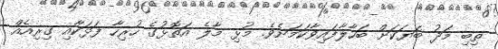
ތިބި މަދު ބަޔަކަށް ބަހާލާފައިވާކަމަށެވެ. މުޅި މާލެ އަތޮޅުގެ ހުރިހާ ފަޅަކާއި ގިރިއެއް